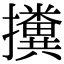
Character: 𢹔